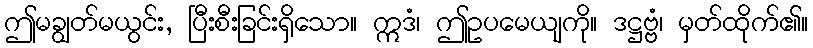
ဤမချွတ်မယွင်း, ပြီးစီးခြင်းရှိသော။ ဣဒံ၊ ဤဥပမေယျကို။ ဒဋ္ဌဗ္ဗံ၊ မှတ်ထိုက်၏။